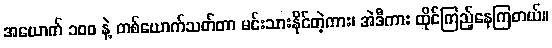
အယောက် ၁၀၀ နဲ့ တစ်ယောက်သတ်တာ မင်းသားနိုင်တဲ့ကား၊ အဲဒီကား ထိုင်ကြည့်နေကြတယ်။